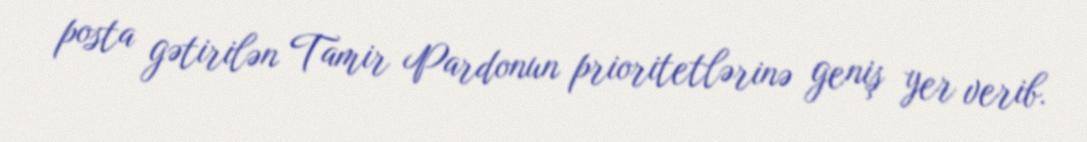
posta gətirilən Tamir Pardonun prioritetlərinə geniş yer verib.